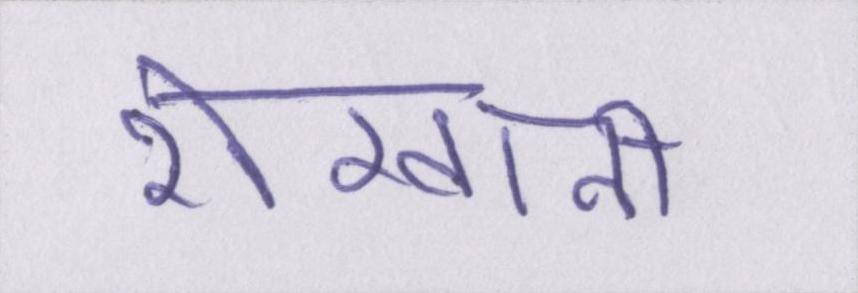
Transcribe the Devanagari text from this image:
शेरवानी